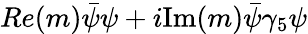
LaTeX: Re(m)\bar{\psi}\psi+i\mathrm{Im}(m)\bar{\psi}\gamma_{5}\psi